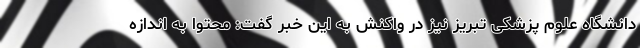
دانشگاه علوم پزشکی تبریز نیز در واکنش به این خبر گفت: محتوا به اندازه